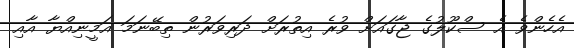
އެހެންވެ އެ ސްކޫލުގެ ޖާގައަށް ވުރެ އިތުރަށް ދަރިވަރުން ތިބޭނަމަ އަމީނިއްޔާ އާއި